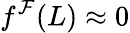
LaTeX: f^{\mathcal{F}}(L)\approx 0